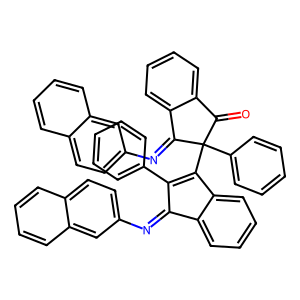
SMILES: O=C1c2ccccc2C(=Nc2ccc3ccccc3c2)C1(C1=C(c2ccccc2)C(=Nc2ccc3ccccc3c2)c2ccccc21)c1ccccc1
Inhibits HIV replication: No